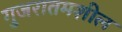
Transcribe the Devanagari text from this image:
गुजरातमशील